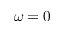
\omega = 0